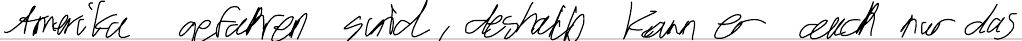
Amerika gefahren sind, deshalb kann er auch nur das